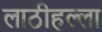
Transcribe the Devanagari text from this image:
लाठीहल्ला